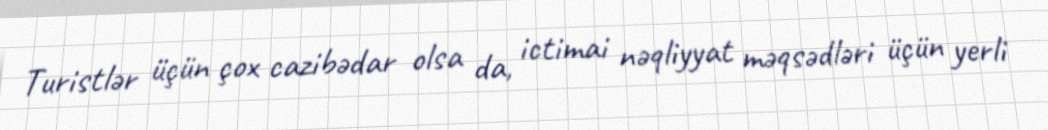
Turistlər üçün çox cazibədar olsa da, ictimai nəqliyyat məqsədləri üçün yerli